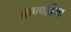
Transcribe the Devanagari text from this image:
कण्णवेंणा